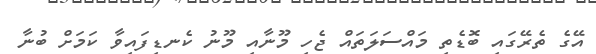
އޭގެ ތެރޭގައި ބޮޑެތި މައްސަލަތައް ޖެހި މޫނާއި މޫނު ކެނޑިފައިވާ ކަމަށް ބުނާ